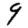
Digit: 9